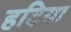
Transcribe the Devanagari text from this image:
हदिया